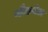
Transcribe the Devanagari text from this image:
नौकटेल